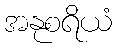
အနုစရိယံ